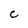
Character: C